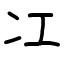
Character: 冮